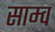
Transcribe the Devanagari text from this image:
साम्व